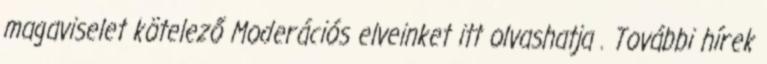
magaviselet kötelező Moderációs elveinket itt olvashatja . További hírek